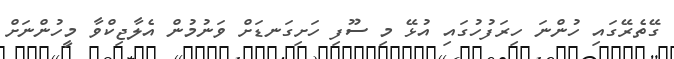
ގޭތެރޭގައި ހުންނަ ހިރަފުހުގައި އުޅޭ މި ސޫފި ހަށިގަނޑަށް ވަނުމުން އެލާޖިކްވާ މީހުންނަށް